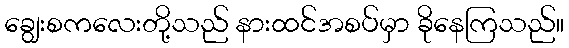
ချွေးစကလေးတို့သည် နားထင်အစပ်မှာ ခိုနေကြသည်။